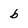
Character: b